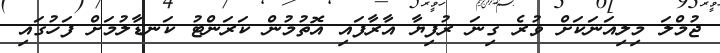
ޖުމްލަ މިލިއަނަކަށް ވުރެ ގިނަ ރުފިޔާ އާރާފައި އޮތުމުން ކަރަންޓު ކަނޑާލުމަށް ފަހުގައި